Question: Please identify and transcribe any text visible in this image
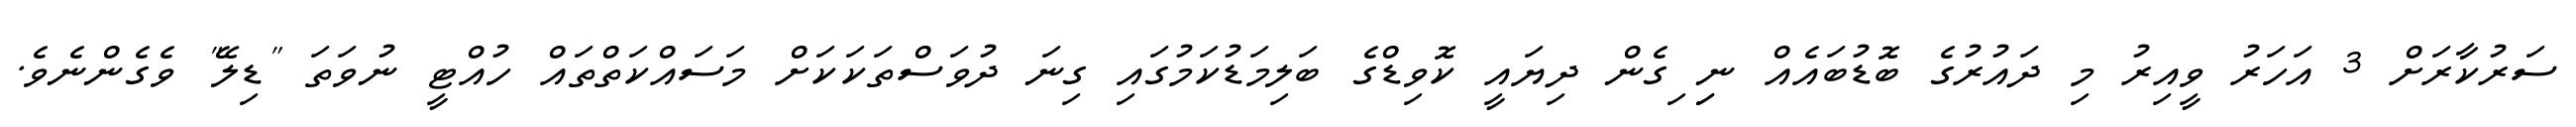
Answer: ސަރުކާރަށް 3 އަހަރު ވީއިރު މި ދައުރުގެ ބޮޑުބައެއް ނިި ިގެން ދިޔައީ ކޮވިޑްގެ ބަލިމަޑުކަމުގައި ގިނަ ދުވަސްތަކަކަށް މަސައްކަތްތައް ހުއްޓީ ނުވަތަ "ޑިލޭ" ވެގެންނެވެ.